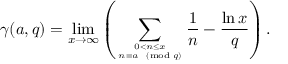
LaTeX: \gamma ( a , q ) = \operatorname* { l i m } _ { x \to \infty } \left( \sum _ { 0 < n \leq x \atop n \equiv a { \pmod { q } } } { \frac { 1 } { n } } - { \frac { \ln x } { q } } \right) .